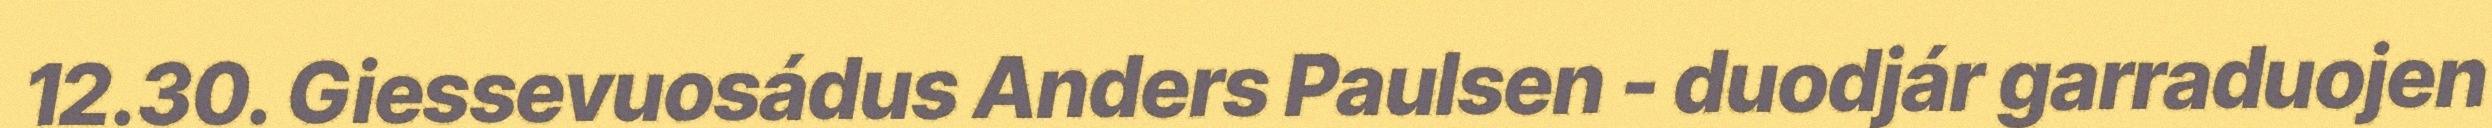
12.30. Giessevuosádus Anders Paulsen - duodjár garraduojen